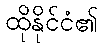
ထိုနိုင်ငံ၏